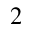
^ 2